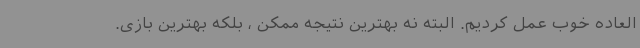
العاده خوب عمل کردیم. البته نه بهترین نتیجه ممکن ، بلکه بهترین بازی.